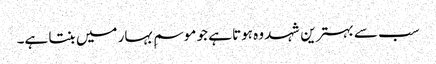
سب سے بہترین شہد وہ ہوتا ہے جو موسمِ بہار میں بنتا ہے۔